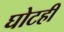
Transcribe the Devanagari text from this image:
घोटही